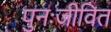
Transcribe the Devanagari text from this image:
पुनःजीवित